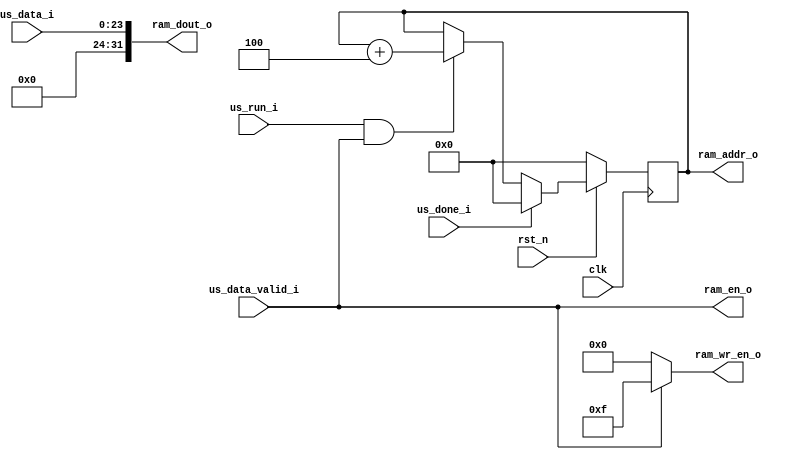
module ram_wr #(
    parameter DATA_WIDTH = 24
)(
    input wire clk,
    input wire rst_n,
    // FSM interface
    input wire us_run_i,
    // US interface
    input wire us_done_i,
    input wire us_data_valid_i,
    input wire [DATA_WIDTH-1:0] us_data_i,
    // RAM interface
    output wire [31:0] ram_addr_o,
    output wire [31:0] ram_dout_o,
    output wire ram_en_o,
    output wire [3:0] ram_wr_en_o
);
    
    reg [31:0] ram_addr;
    //reg ram_en;
    
    always @(posedge clk) begin
        if (~rst_n) begin
            ram_addr <= 0;
        end
        else begin
            if (us_done_i) begin
                ram_addr <= 0;
            end
            else if (us_run_i && us_data_valid_i) begin
                // word vs byte
                ram_addr <= ram_addr + 4;
            end
        end
    end
    
    assign ram_addr_o = ram_addr;
    assign ram_dout_o = {8'h0, us_data_i};
    assign ram_en_o = us_data_valid_i;
    assign ram_wr_en_o = (us_data_valid_i) ? 4'b1111 : 4'b0000;
    

endmodule